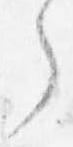
了